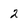
Character: 2